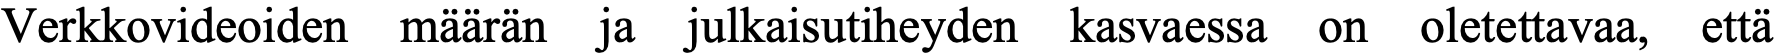
Verkkovideoiden määrän ja julkaisutiheyden kasvaessa on oletettavaa, että